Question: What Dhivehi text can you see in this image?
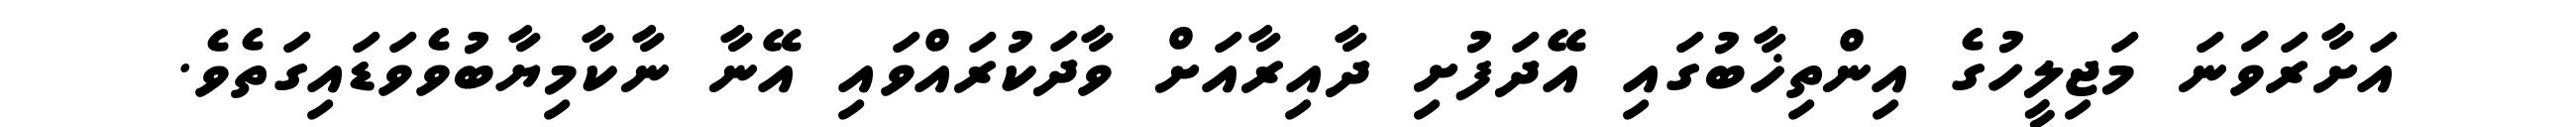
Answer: އަށާރަވަަނަ މަޖިލީހުގެ އިންތިޚާބުގައި އޭދަފުށި ދާއިރާއަށް ވާދަކުރައްވައި އޭނާ ނާކާމިޔާބުވެވަޑައިގަތެވެ.